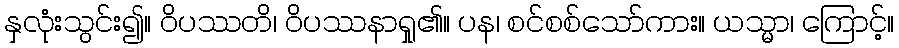
နှလုံးသွင်း၍။ ဝိပဿတိ၊ ဝိပဿနာရှု၏။ ပန၊ စင်စစ်သော်ကား။ ယသ္မာ၊ ကြောင့်။